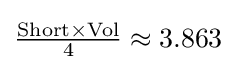
{\tfrac {{\text{Short}}\times {\text{Vol}}}{4}}\approx 3.863